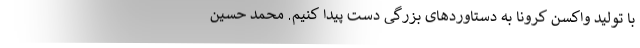
با تولید واکسن کرونا به دستاوردهای بزرگی دست پیدا کنیم. محمد حسین